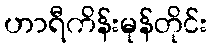
ဟာရီကိန်းမုန်တိုင်း